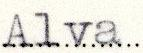
Alva